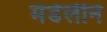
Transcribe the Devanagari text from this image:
मेडेलीन